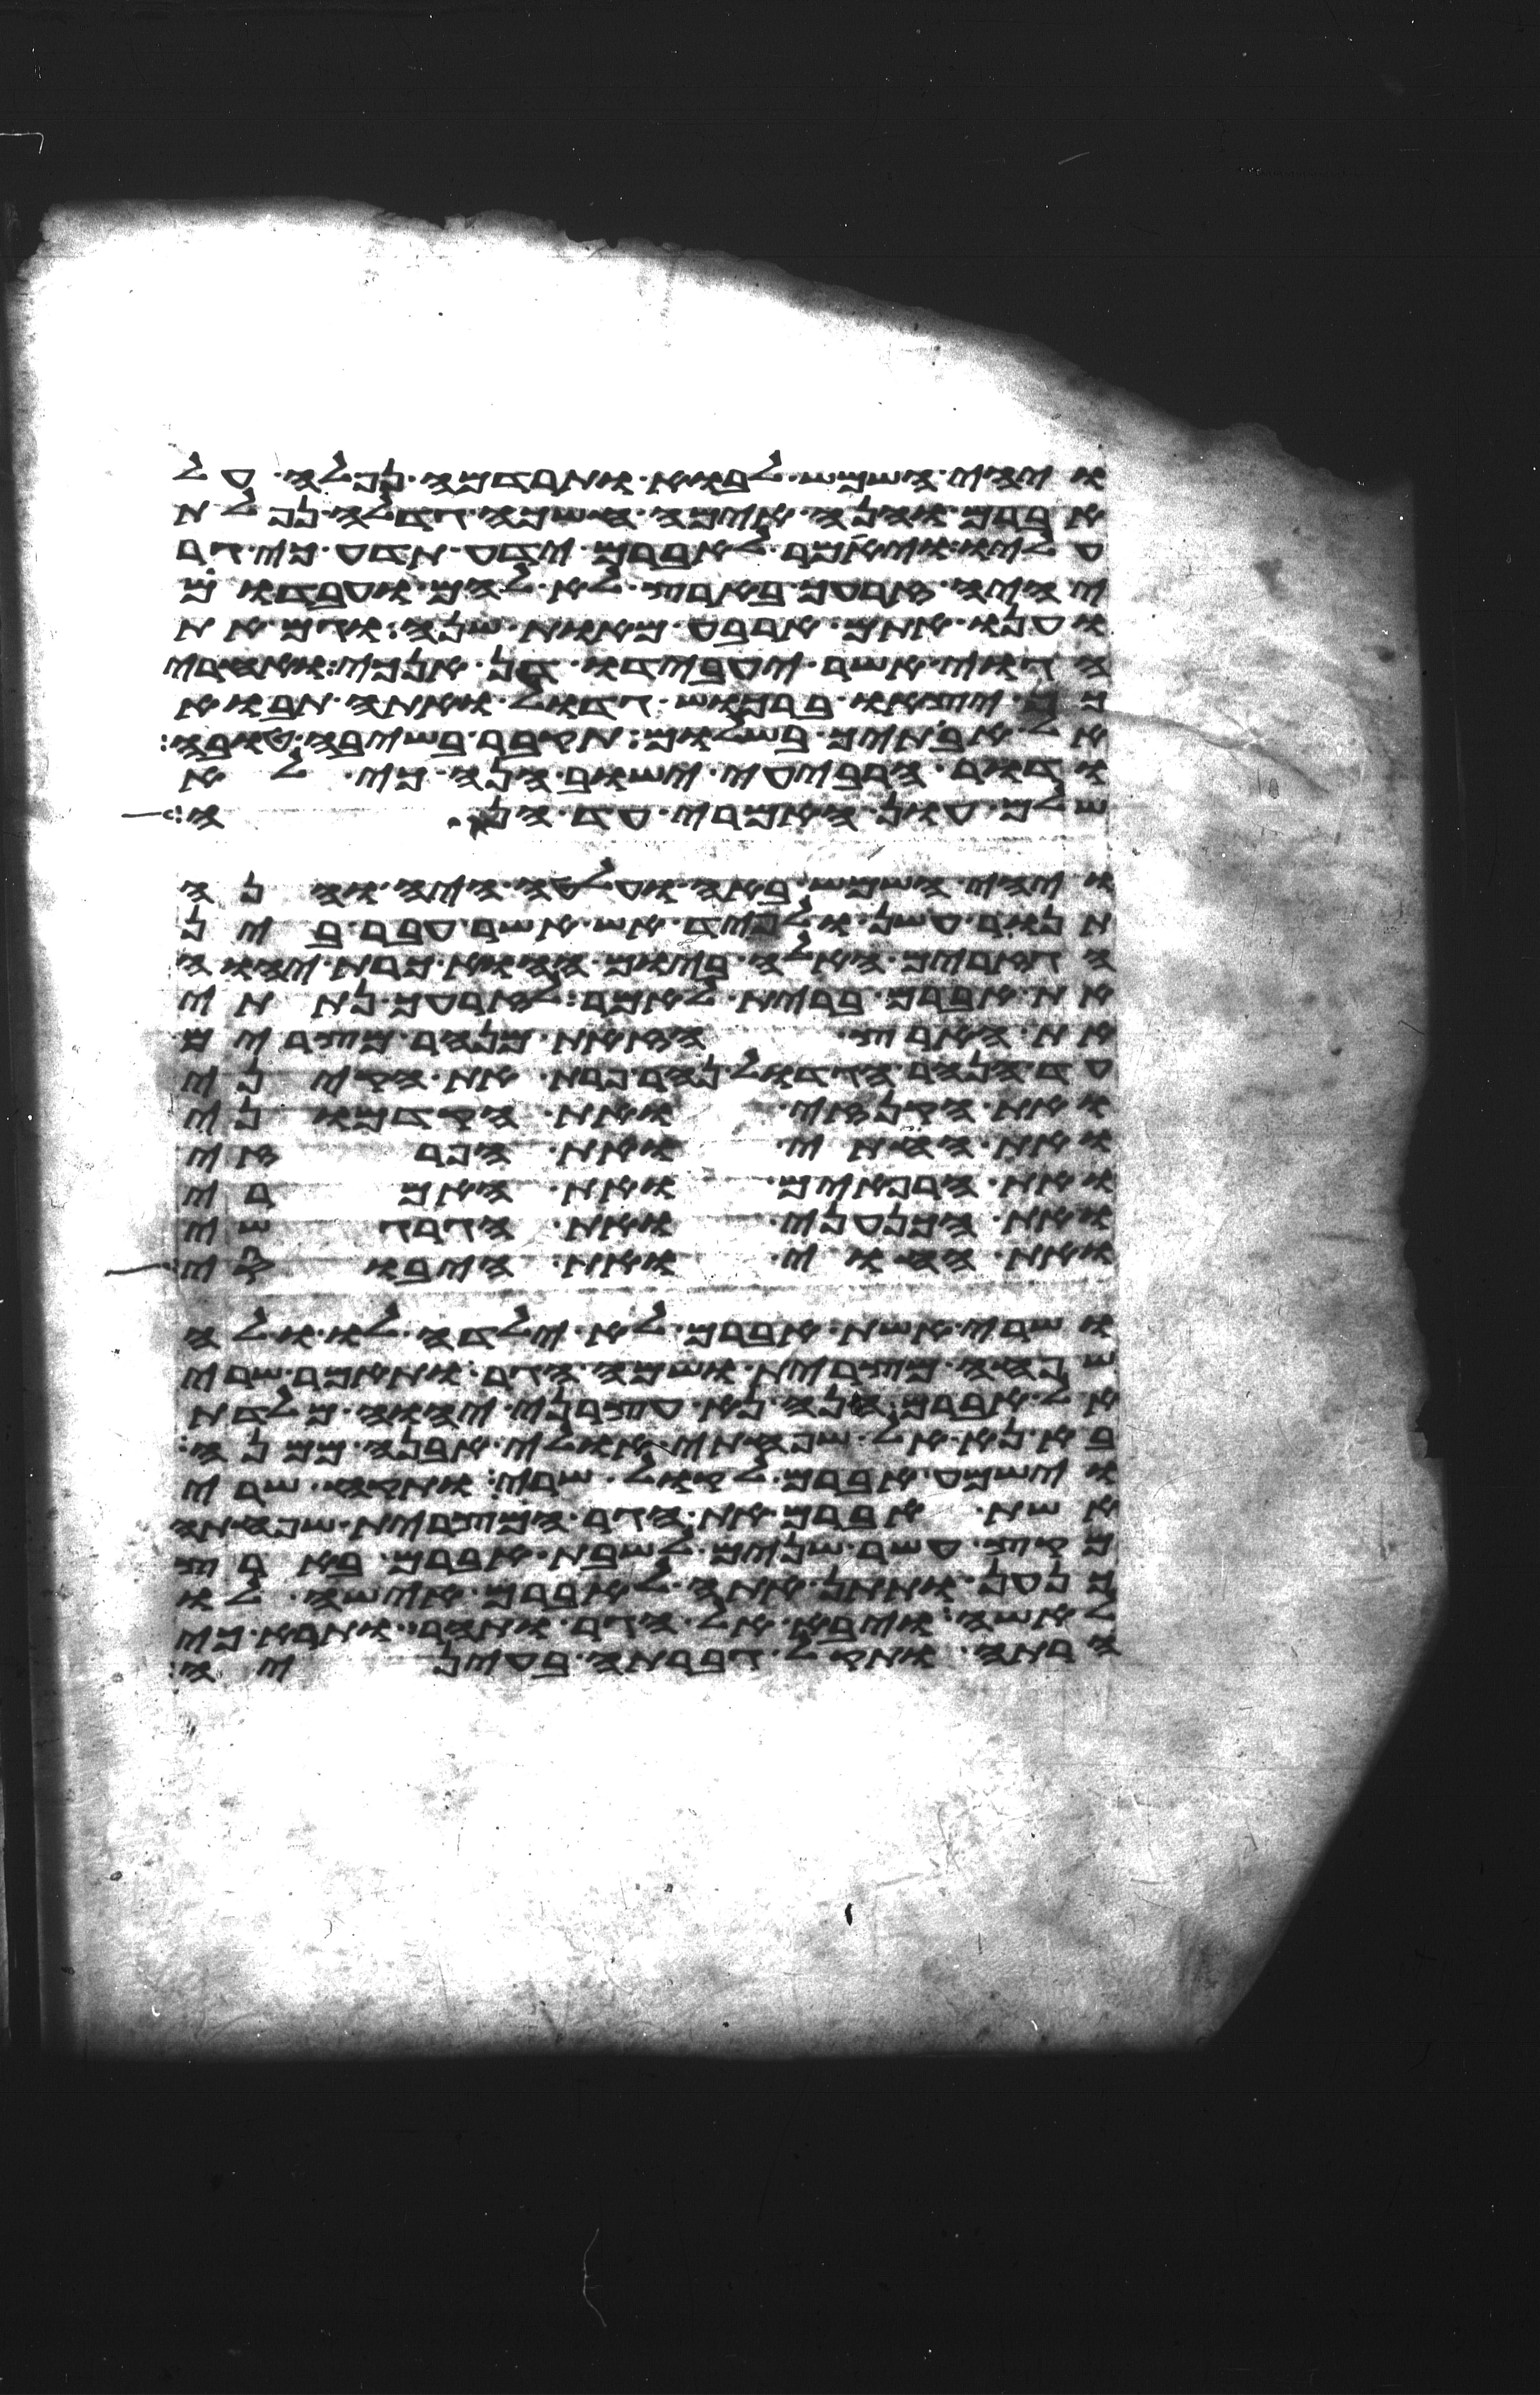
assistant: ויהי השמש לבוא ותרדמה נפלה על
אברם והנה אימה חשכה גדלה נפלת
עליו ויאמר לאברם ידע תדע כי גר
יהיה זרעך בארץ לא להם ועבדום
וענו אתם ארבע מאות שנה וגם את
הגוי אשר יעבדו דן אנכי ואחרי
כן יצאו ברכוש גדול ואתה תבוא
אל אבתיך בשלום תקבר בשיבה טובה
ודור הרביעי ישוב הנה כי לא
שלם עון האמרי עד הנה
ויהי השמש באה ועלטה היה והנה
תנור עשן ולפיד אש אשר עבר בין
הגזרים האלה ביום ההוא כרת יהוה
את אברם ברית לאמר לזרעך נתתי
את הארץ הזאת מנהר מצרים
עד הנהר הגדול נהר פרת את הקיני
ואת הקנזי ואת הקדמוני
ואת החתי ואת הפרזי
ואת הרפאים ואת האמרי
ואת הכנעני ואת הגרגשי
ואת החוי ואת היבוסי
ושרי אשת אברם לא ילדה לו ולה
שפחה מצרית ושמה הגר ותאמר שרי
אל אברם הנה נא עצרני יהוה מלדת
בא נא אל שפחתי אולי אבנה ממנה
וישמע אברם לקול שרי ותקח שרי
אשת אברם את הגר המצרית שפחתה
מקץ עשר שנים לשבת אברם בארץ
כנען ותתן אתה לאברם אישה לו
לאשה ויבא אל הגר ותהר ותרא כי
הרתה ותקל גברתה בעיניה